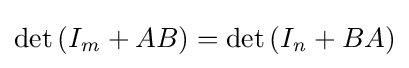
\det \left(I_{\mathit {m}}+AB\right)=\det \left(I_{\mathit {n}}+BA\right)